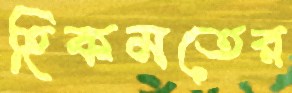
হিকমতের